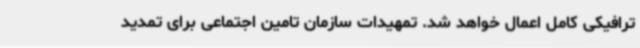
ترافیکی کامل اعمال خواهد شد. تمهیدات سازمان تامین اجتماعی برای تمدید